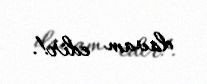
davam edir!.